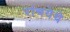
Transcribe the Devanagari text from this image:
रांचयेथे